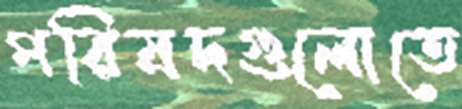
পরিষদগুলোতে